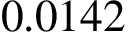
\phantom { - } 0 . 0 1 4 2